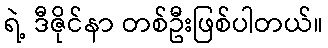
ရဲ့ ဒီဇိုင်နာ တစ်ဦးဖြစ်ပါတယ်။